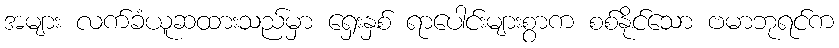
အများ လက်ခံယူဆထားသည်မှာ ရှေးနှစ် ရာပေါင်းများစွာက စစ်နိုင်သော ဗမာဘုရင်က